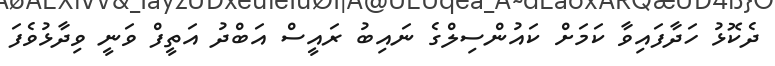
ދެކޮޅު ހަދާފައިވާ ކަމަށް ކައުންސިލްގެ ނައިބު ރައީސް އަބްދު އަތީފް ވަނީ ވިދާޅުވެފަ